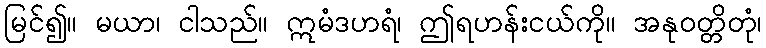
မြင်၍။ မယာ၊ ငါသည်။ ဣမံဒဟရံ၊ ဤရဟန်းငယ်ကို။ အနုဝတ္တိတုံ၊